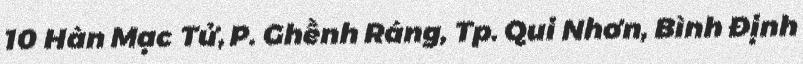
10 Hàn Mạc Tử, P. Ghềnh Ráng, Tp. Qui Nhơn, Bình Định